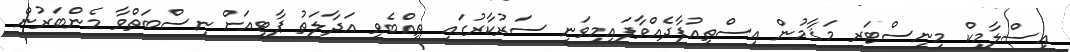
އިސްލާމިކް މިނިސްޓަރ މަޤާމުން އިސްތިއުފާދެއްވާފައިމިވަނީ ސަރުކާރުގައި ތިއްބެވި އަދާލަތު ޕާޓީއަށް ނިސްބަތްވާ މެންބަރުން